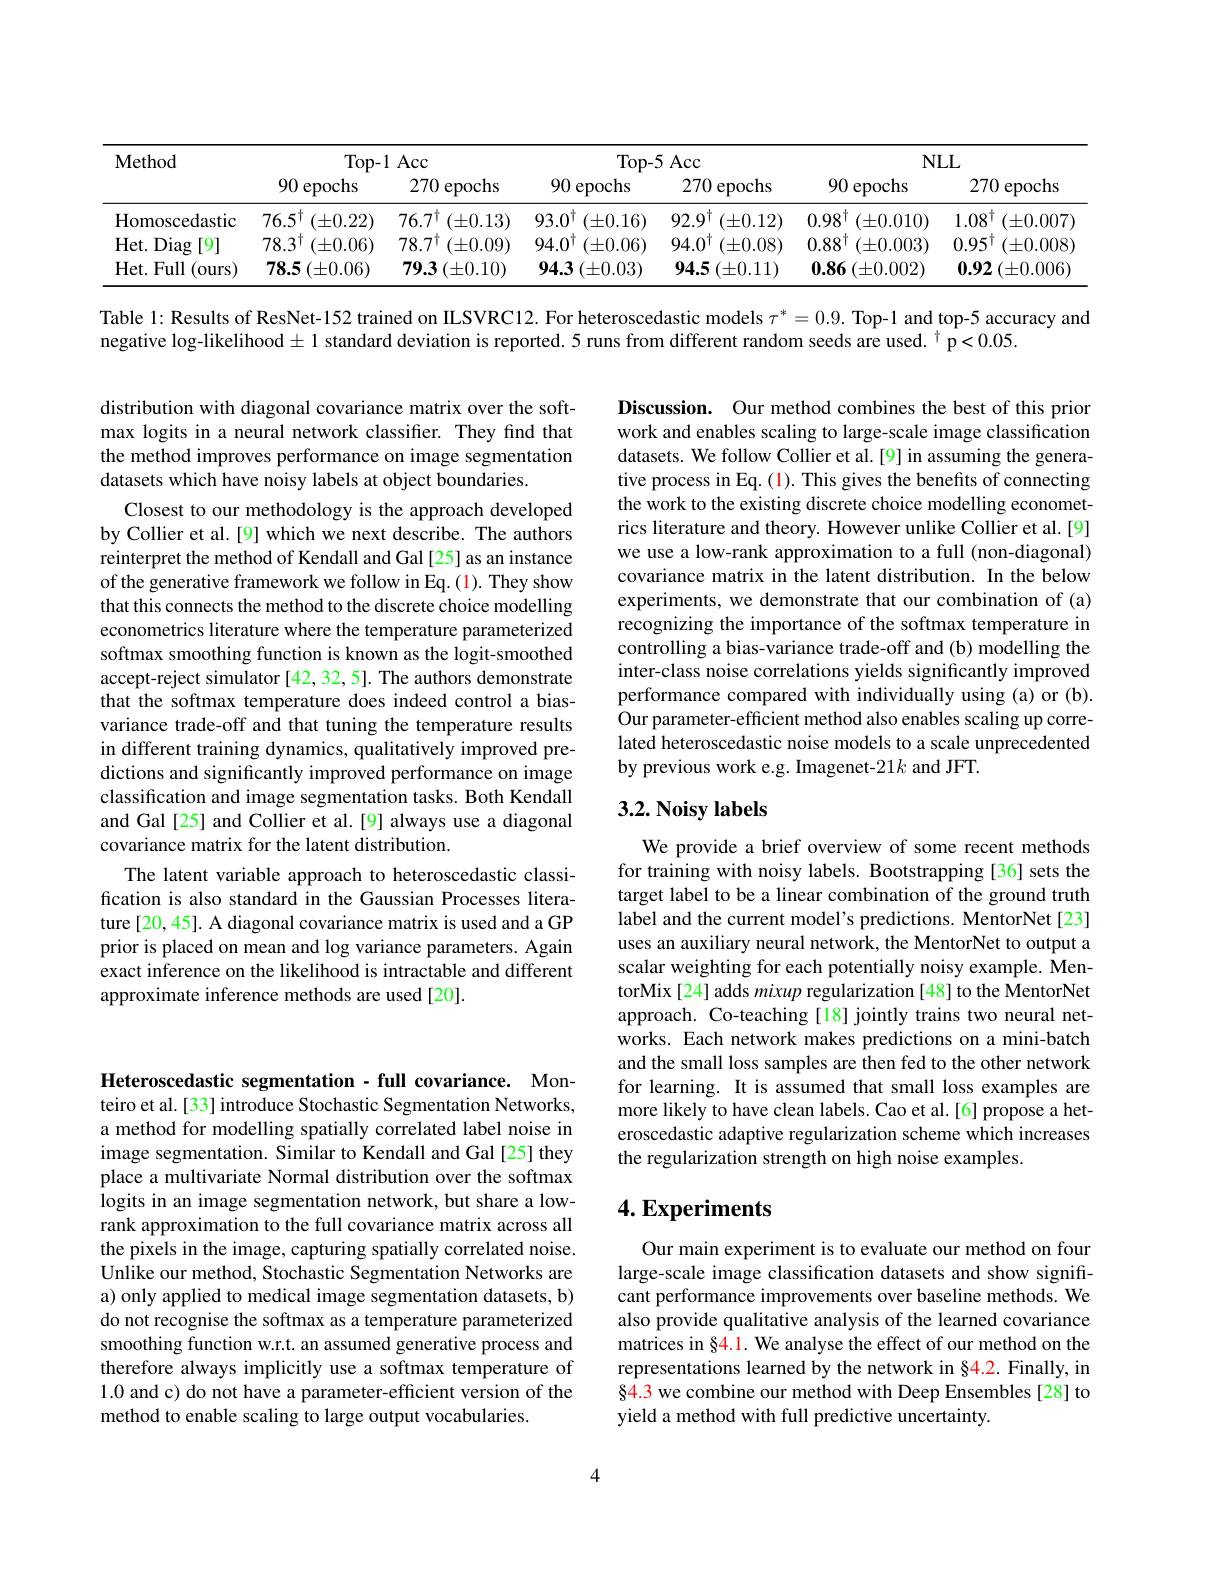
<table>
	<tbody>
		<tr>
			<th rowspan="2">$\mathbf{Method}$</th>
			<th colspan="2">Top- 1 Acc</th>
			<th colspan="2">Top- 5 Acc</th>
			<th colspan="2">$NLL$</th>
		</tr>
		<tr>
			<th>$90\epsilon$ epochs</th>
			<th>$270\epsilon$ epochs</th>
			<th>$90\epsilon$ epochs</th>
			<th>$270\epsilon$ epochs</th>
			<th>90 epochs</th>
			<th>270 1 epochs</th>
		</tr>
		<tr>
			<td>Homoscedastic</td>
			<td>$76.5^{\dagger}$ $(\pm0.22)$</td>
			<td>$76.7^{\dagger}$ $(\pm0.13)$</td>
			<td>$93.0^{\dagger}$ $(\pm0.16)$</td>
			<td>$92.9^{\dagger}$ $(\pm0.12)$</td>
			<td>$0.98^{\dagger}$ $(\pm0.010)$</td>
			<td>$1.08^{\dagger}$ $(\pm0.007$</td>
		</tr>
		<tr>
			<td>$Het.$ Diag [9]</td>
			<td>$78.3^{\dagger}$ $(\pm0.06)$</td>
			<td>$78.7^{\dagger}$ $(\pm0.09)$</td>
			<td>$94.0^{\dagger}$ $(\pm0.06)$</td>
			<td>$94.0^{\dagger}$ $(\pm0.08)$</td>
			<td>$0.88^{\dagger}$ $(\pm0.003)$</td>
			<td>$0.95^{\dagger}$ $(\pm0.008$</td>
		</tr>
		<tr>
			<td>Het. Full (ours</td>
			<td>$78.5\left(\pm0.06\right)$</td>
			<td>$79.3\left(\pm0.10\right)$</td>
			<td>$94.3\left(\pm0.03\right)$</td>
			<td>94.5 $(\pm0.11)$</td>
			<td>$0.86\left(\pm0.002\right)$</td>
			<td>0.92 $(\pm0.006)$ 1</td>
		</tr>
	</tbody>
</table>

Table l: Results of ResNet-152 trained on IILSVRC12. For heteroscedastic models $\tau^*=0.9.$ Top-1 and top-5 accuracy and

negative log-likelihood± 1 standard deviation is reported. 5 runs from different random seeds are used. $^{\dagger}$ p<0.05.

distribution with diagonal covariance matrix over the softmax logits in a neural network classifier. They find that the method improves performance on image segmentation datasets which have noisy labels at object boundaries.

Discussion. Our method combines the best of this prior work and enables scaling to large-scale image classification datasets. We follow Collier et al.[9] in assuming the generative process in Eq. (1). This gives the benefits of connecting the work to the existing discrete choice modelling econometrics literature and theory. However unlike Collier et al.[9] we use a low-rank approximation to a full (non-diagonal) covariance matrix in the latent distribution. In the below experiments, we demonstrate that our combination of (a) recognizing the importance of the softmax temperature in controlling a bias-variance trade-off and (b) modelling the inter-class noise correlations yields significantly improved performance compared with individually using (a) or (b). Our parameter-efficient method also enables scaling up correlated heteroscedastic noise models to a scale unprecedented by previous work e.g. Imagenet-21k and JFT.

Closest to our methodology is the approach developed by Collier et al. [9] which we next describe. The authors reinterpret the method of Kendall and Gal [25] as an instance of the generative framework we follow in Eq.(1). They show that this connects the method to the discrete choice modelling econometrics literature where the temperature parameterized softmax smoothing function is known as the logit-smoothed accept-reject simulator [42, 32, 5]. The authors demonstrate that the softmax temperature does indeed control a biasvariance trade-off and that tuning the temperature results in different training dynamics, qualitatively improved predictions and significantly improved performance on image classification and image segmentation tasks. Both Kendall and Gal [25] and Collier et al.[9] always use a diagonal covariance matrix for the latent distribution.
The latent variable approach to heteroscedastic classification is also standard in the Gaussian Processes literature [20,45]. A diagonal covariance matrix is used and a GP prior is placed on mean and log variance parameters. Again exact inference on the likelihood is intractable and different approximate inference methods are used [20].

## $3. 2. \textbf{Noisy labels}$

We provide a brief overview of some recent methods for training with noisy labels. Bootstrapping [36] sets the target label to be a linear combination of the ground truth label and the current model's predictions. MentorNet[23] uses an auxiliary neural network, the MentorNet to output a scalar weighting for each potentially noisy example. MentorMix [24] adds mixup regularization [48] to the MentorNet approach. Co-teaching[18] jointly trains two neural networks. Each network makes predictions on a mini-batch and the small loss samples are then fed to the other network for learning. It is assumed that small loss examples are more likely to have clean labels. Cao et al.[6] propose a heteroscedastic adaptive regularization scheme which increases the regularization strength on high noise examples

## $4. \textbf{Experiments}$

Heteroscedastic segmentation - full covariance. Monteiro et al.[33] introduce Stochastic Segmentation Networks, a method for modelling spatially correlated label noise in image segmentation. Similar to Kendall and Gal [25] they place a multivariate Normal distribution over the softmax logits in an image segmentation network, but share a lowrank approximation to the full covariance matrix across all the pixels in the image, capturing spatially correlated noise. Unlike our method, Stochastic Segmentation Networks are a) only applied to medical image segmentation datasets, b) do not recognise the softmax as a temperature parameterized smoothing function w.r.t. an assumed generative process and therefore always implicitly use a softmax temperature of 1.0 and c) do not have a parameter-efficient version of the method to enable scaling to large output vocabularies.

Our main experiment is to evaluate our method on four large-scale image classification datasets and show significant performance improvements over baseline methods. We also provide qualitative analysis of the learned covariance matrices in §4.1. We analyse the effect of our method on the representations learned by the network in §4.2. Finally, in §4.3 we combine our method with Deep Ensembles [28] to yield a method with full predictive uncertainty.

4